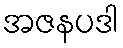
အဇနပဒါ